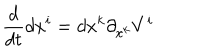
{ \frac { d } { d t } } d x ^ { i } = d x ^ { k } \partial _ { x ^ { k } } V ^ { i }